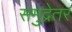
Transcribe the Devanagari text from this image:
समुद्रेतर